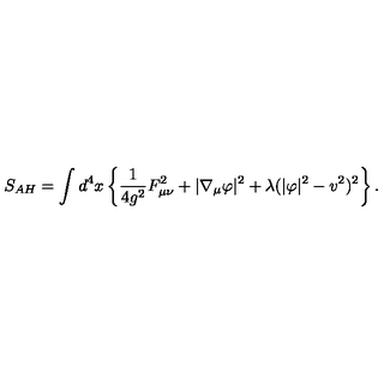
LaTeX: S _ { A H } = \int d ^ { 4 } x \left\{ \frac 1 { 4 g ^ { 2 } } F _ { \mu \nu } ^ { 2 } + | \nabla _ { \mu } \varphi | ^ { 2 } + \lambda ( | \varphi | ^ { 2 } - v ^ { 2 } ) ^ { 2 } \right\} .